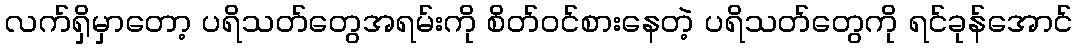
လက်ရှိမှာတော့ ပရိသတ်တွေအရမ်းကို စိတ်ဝင်စားနေတဲ့ ပရိသတ်တွေကို ရင်ခုန်အောင်